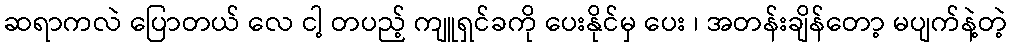
ဆရာကလဲ ပြောတယ် လေ ငါ့ တပည့် ကျူရှင်ခကို ပေးနိုင်မှ ပေး ၊ အတန်းချိန်တော့ မပျက်နဲ့တဲ့